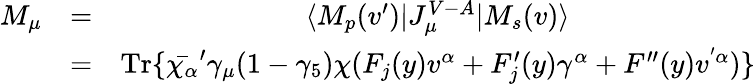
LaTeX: \begin{array}{ccc}{{M_{\mu}}}&{{=}}&{{\langle M_{p}(v^{\prime})|J_{\mu}^{V-A}|M_{s}(v)\rangle}}\\ {{}}&{{=}}&{{\mathrm{Tr}\{ \bar{\chi_{\alpha}}^{\prime}\gamma_{\mu}(1-\gamma_{5})\chi(F_{j}(y)v^{\alpha}+F_{j}^{\prime}(y)\gamma^{\alpha}+F^{\prime\prime}(y)v^{'\alpha})\} }}\end{array}